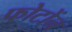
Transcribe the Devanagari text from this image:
फोटोंन